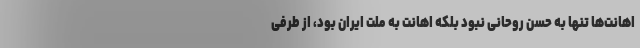
اهانت‌ها تنها به حسن روحانی نبود بلکه اهانت به ملت ایران بود، از طرفی